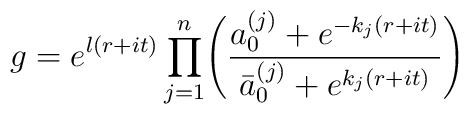
g = e^{l(r+it)}\displaystyle\prod_{j=1}^{n}\Biggl({{a_0^{(j)}+e^{-{k_j}(r+it)}}\over{\bar a_0^{(j)} + e^{{k_j}(r+it)}}}\Biggr)